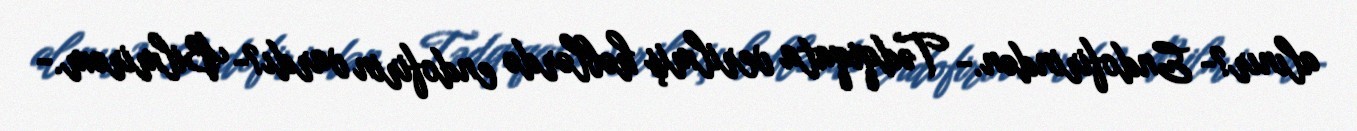
alınır?- Endofirindən.- Tədqiqata verilmiş həblərdə endofirin vardı?- Bilmirəm.-